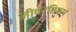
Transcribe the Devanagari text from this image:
जीवरतिनम